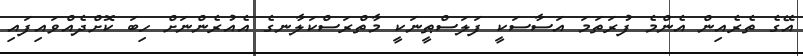
އޭގެ ތެރެއިން އެންމެ ފުރަތަމަ އަސާސަކީ ފަލަސްޠީނަކީ މާތްރަސްކަލާނގެ އެއުރެންނަށް ހިބަ ކޮށްދެއްވައިފައި